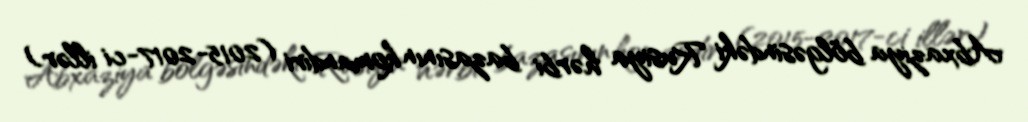
Abxaziya bölgəsindəki Rusiya hərbi bazasının komandiri (2015-2017-ci illər)